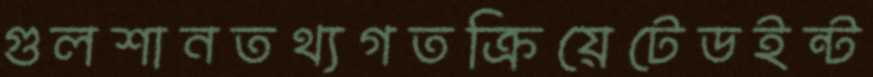
গুলশানতথ্যগতক্রিয়েটেডইন্ট